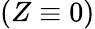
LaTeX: (Z\equiv 0)